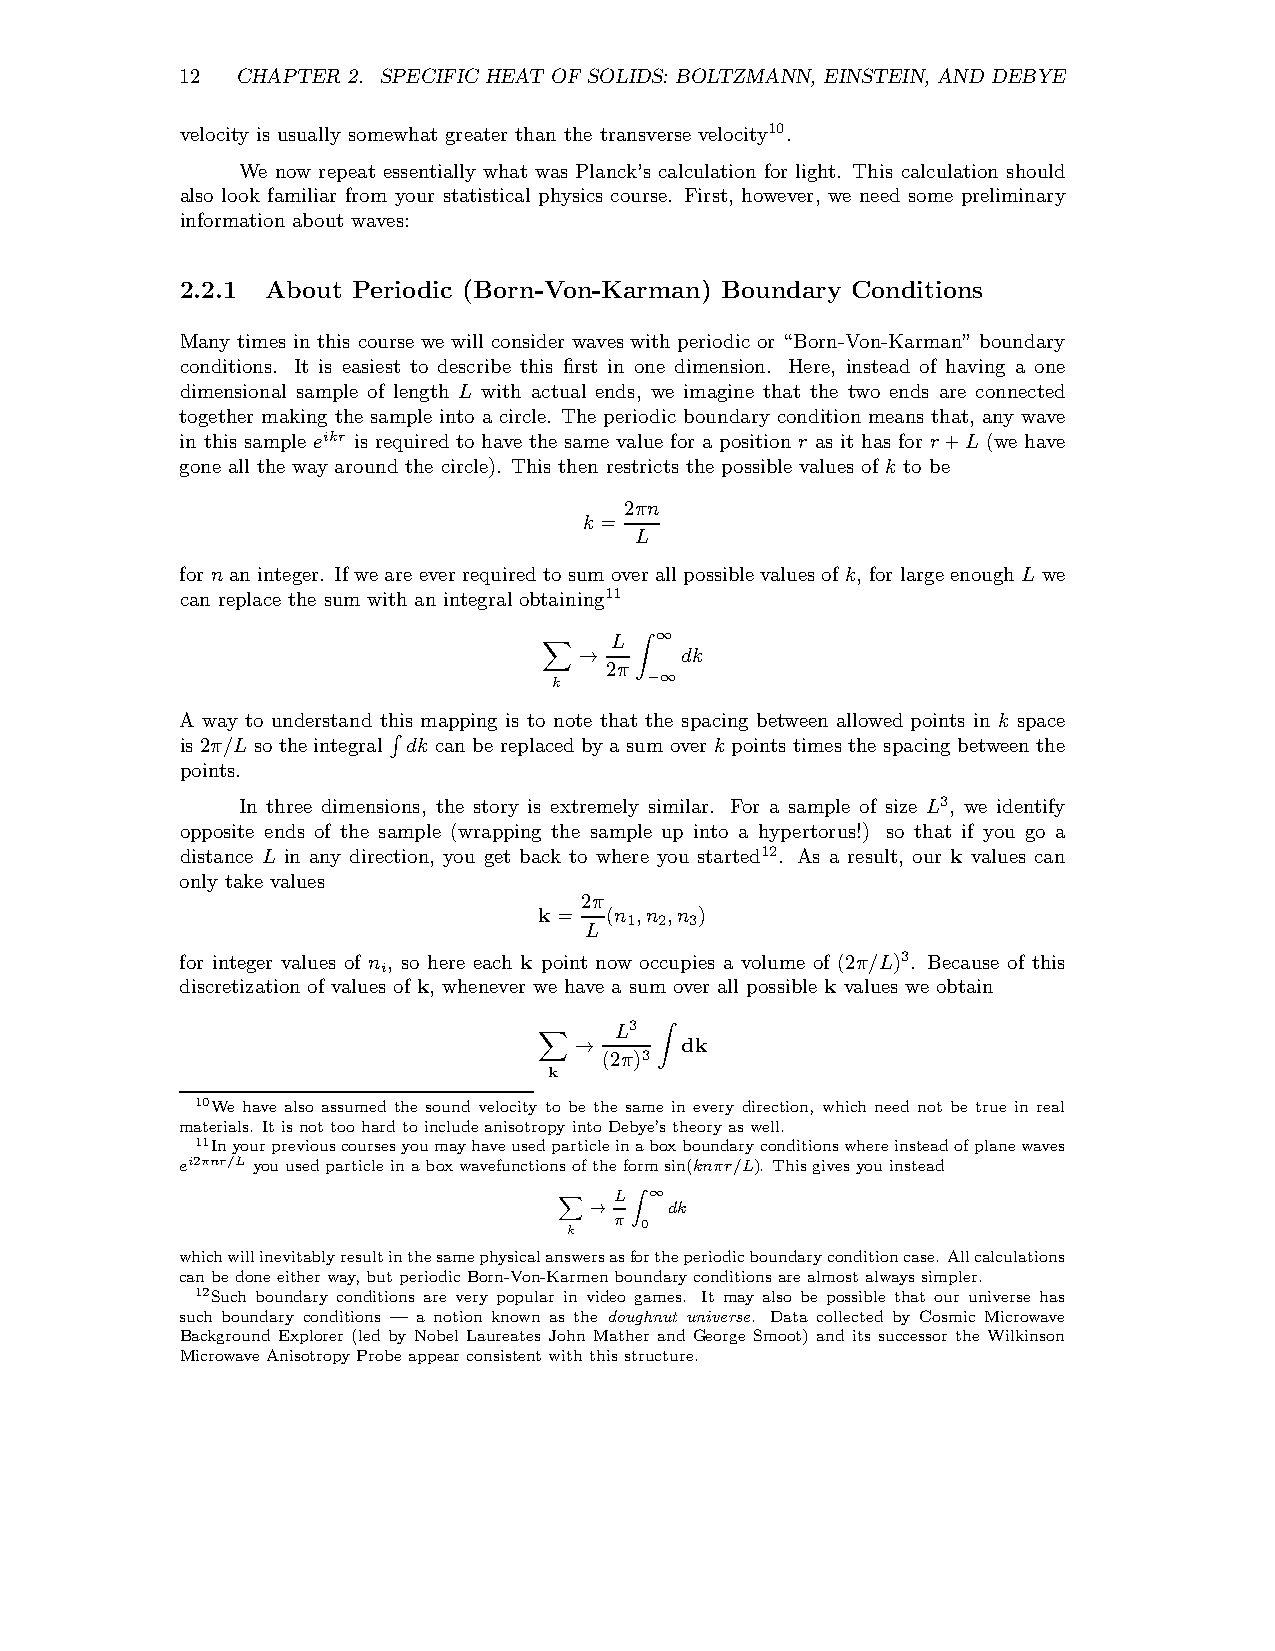
12  CHAPTER 2. SPECIFIC HEAT OF SOLIDS: BOLTZMANN, EINSTEIN, AND DEBYE
 velocity is usually somewhat greater than the transverse velocity10.
 We now repeat essentially what was Planck’s calculation for light. This calculation should
 also look familiar from your statistical physics course. First, however, we need some preliminary
 information about waves:
 2.2.1 About Periodic (Born-Von-Karman) Boundary Conditions
 Many times in this course we will consider waves with periodic or “Born-Von-Karman”boundary
 conditions. It is easiest to describe this first in one dimension. Here, instead of having a one
 dimensional sample of length L with actual ends, we imagine that the two ends are connected
 together making the sample into a circle. The periodic boundary condition means that, any wave
 in this sample eikr is required to have the same value for a position r as it has for r+L (we have
 gone all the way around the circle). This then restricts the possible values of k to be
 2πn
 k =
 L
 for n aninteger. Ifwe are everrequiredto sumoverallpossible values ofk, for largeenoughL we
 can replace the sum with an integral obtaining11
 L  ∞
 dk
 → 2π
 k    Z−∞
 X
 A way to understand this mapping is to note that the spacing between allowed points in k space
 is 2π/L so the integral dk canbe replacedby a sumoverk points times the spacing betweenthe
 points.
 R
 In three dimensions, the story is extremely similar. For a sample of size L3, we identify
 opposite ends of the sample (wrapping the sample up into a hypertorus!) so that if you go a
 distance L in any direction, you get back to where you started12. As a result, our k values can
 only take values
 2π
 k=  (n ,n ,n )
 1 2 3
 L
 for integer values of n , so here each k point now occupies a volume of (2π/L)3. Because of this
 i
 discretization of values of k, whenever we have a sum over all possible k values we obtain
 L3
 dk
 → (2π)3
 k      Z
 X
 10We have also assumed the sound velocity to be the same in every direction, which need not be true in real
 materials. ItisnottoohardtoincludeanisotropyintoDebye’stheoryaswell.
 11Inyourpreviouscoursesyoumayhaveusedparticleinaboxboundaryconditionswhereinsteadofplanewaves
 ei2πnr/L youusedparticleinaboxwavefunctions oftheformsin(knπr/L). Thisgivesyouinstead
 L ∞
 dk
 Xk
 → π Z0
 whichwillinevitablyresultinthesamephysicalanswersasfortheperiodicboundaryconditioncase. Allcalculations
 canbedoneeitherway,butperiodicBorn-Von-Karmenboundaryconditions arealmostalwayssimpler.
 12Such boundary conditions are very popular in video games. It may also be possible that our universe has
 such boundary conditions — a notion known as the doughnut universe. Data collected by Cosmic Microwave
 Background Explorer (led by Nobel Laureates John Mather and George Smoot) and its successor the Wilkinson
 MicrowaveAnisotropyProbeappearconsistentwiththisstructure.